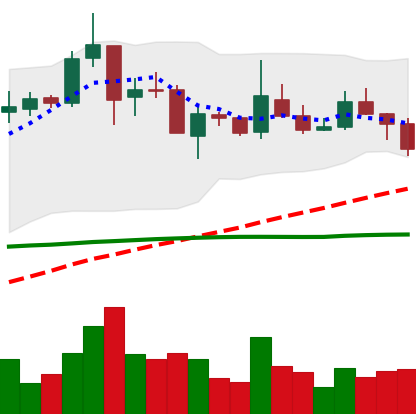
Ticker: TRX-USD
Chart end date: 2019-02-11
Forward return: -3.126%
Label: down_3_5